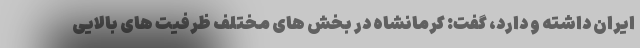
ایران داشته و دارد، گفت: کرمانشاه در بخش های مختلف ظرفیت های بالایی